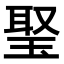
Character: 𤦟